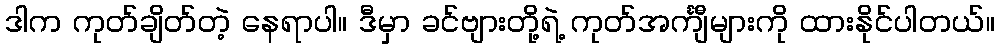
ဒါက ကုတ်ချိတ်တဲ့ နေရာပါ။ ဒီမှာ ခင်ဗျားတို့ရဲ့ ကုတ်အင်္ကျီများကို ထားနိုင်ပါတယ်။